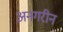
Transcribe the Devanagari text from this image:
अनगरीन